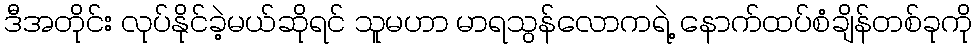
ဒီအတိုင်း လုပ်နိုင်ခဲ့မယ်ဆိုရင် သူမဟာ မာရသွန်လောကရဲ့ နောက်ထပ်စံချိန်တစ်ခုကို